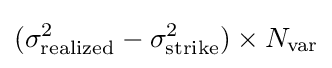
(\sigma _{\text{realized}}^{2}-\sigma _{\text{strike}}^{2})\times N_{\text{var}}